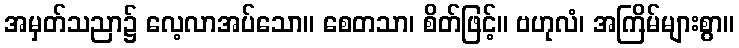
အမှတ်သညာ၌ လေ့လာအပ်သော။ စေတသာ၊ စိတ်ဖြင့်။ ဗဟုလံ၊ အကြိမ်များစွာ။